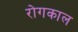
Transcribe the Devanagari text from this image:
रोगकाल